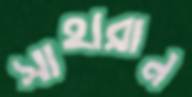
সাহারান